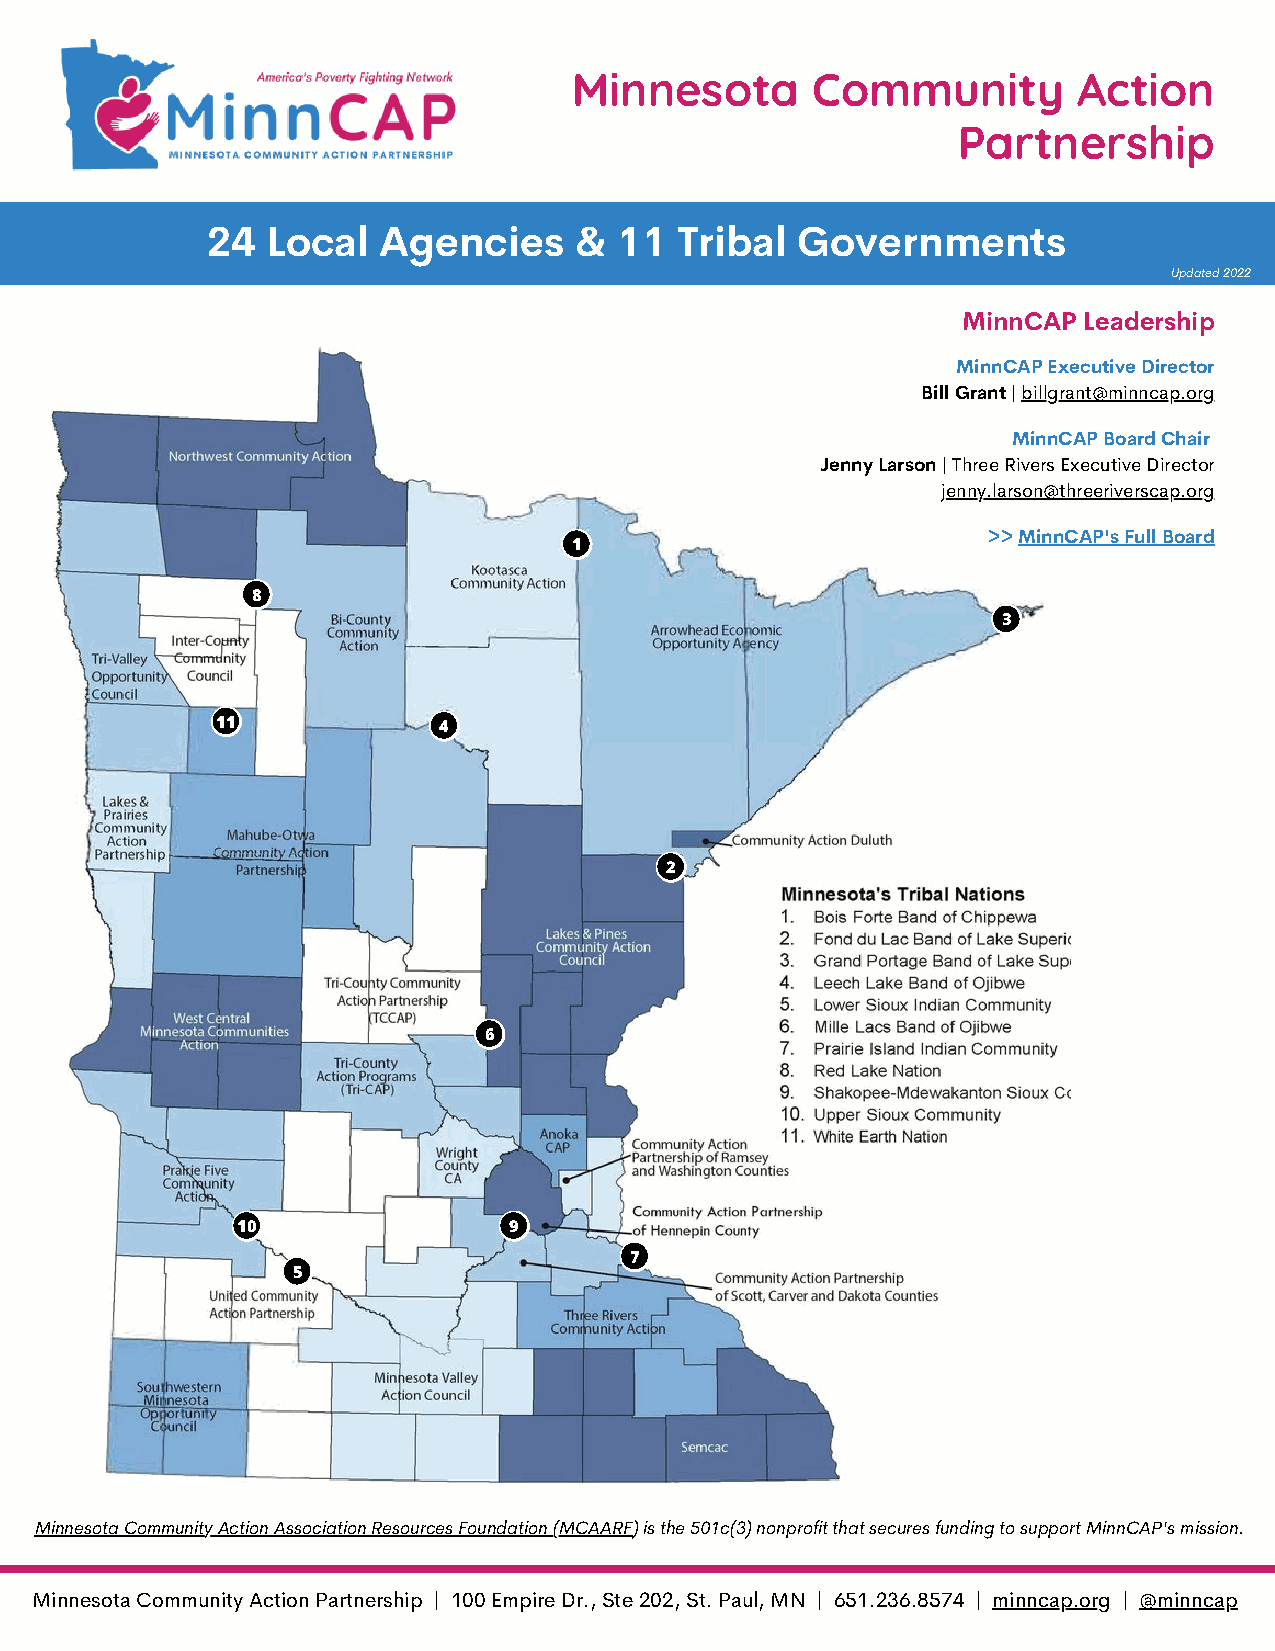
Minnesota       Community        Action
 Partnership
 24  Local  Agencies     &  11  Tribal  Governments
 Updated 2022
 MinnCAP Leadership
 MinnCAP Executive Director
 Bill Grant | billgrant@minncap.org
 MinnCAP Board Chair
 Jenny Larson | Three Rivers Executive Director
 jenny.larson@threeriverscap.org
 >> MinnCAP's Full Board
 1
 8
 3
 11             4
 2
 6
 10                9
 7
 5
 Minnesota Community Action Association Resources Foundation (MCAARF) is the 501c(3) nonprofit that secures funding to support MinnCAP's mission.
 Minnesota Community Action Partnership | 100 Empire Dr., Ste 202, St. Paul, MN | 651.236.8574 | minncap.org | @minncap